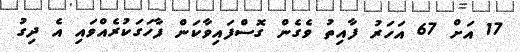
17 އަށް 67 އަހަރު ފާއިތު ވެގެން ގޮސްފައިވާކަން ފާހަގަކުރެއްވައި އެ ދިގު